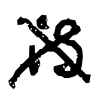
Text: is
Cross-out: cross
Writing tool: digital_black